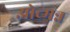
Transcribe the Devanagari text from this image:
ओच्मन्न